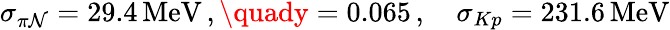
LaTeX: \sigma_{\pi\mathcal{N}}=29.4\, \mathrm{{MeV}}\, ,\quady=0.065\, ,\quad\sigma_{Kp}=231.6\, \mathrm{{MeV}}